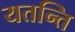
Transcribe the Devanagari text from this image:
यतन्ति